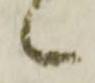
々